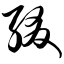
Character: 缀